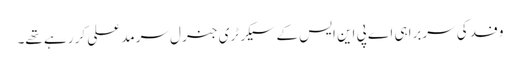
وفد کی سربراہی اے پی این ایس کے سیکرٹری جنرل سرمد علی کر رہے تھے۔